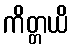
ကိတ္တယိ